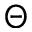
\Theta